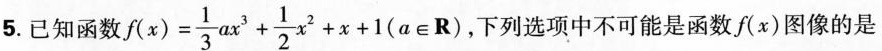
5.已知函数$$f(x)= \frac{1}{3}ax^{3}+ \frac{1}{2}x^{2}+x+1(a \in R)$$，下列选项中不可能是函数f(x)图像的是